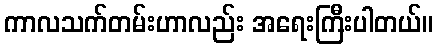
ကာလသက်တမ်းဟာလည်း အရေးကြီးပါတယ်။